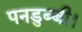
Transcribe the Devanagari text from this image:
पनडुब्‍बी।